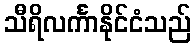
သီရိလင်္ကာနိုင်ငံသည်